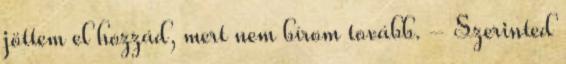
jöttem el hozzád, mert nem bírom tovább. - Szerinted